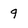
Character: 9